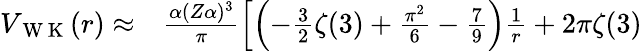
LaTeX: \begin{array}{rl}{V_{\mathrm{~W~K~}}(r)\approx}&{{}\frac{\alpha(Z\alpha)^{3}}{\pi}\left[\left(-\frac{3}{2}\zeta(3)+\frac{\pi^{2}}{6}-\frac{7}{9}\right)\frac{1}{r}+2\pi\zeta(3)\right.}\end{array}